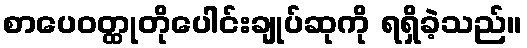
စာပေဝတ္ထုတိုပေါင်းချုပ်ဆုကို ရရှိခဲ့သည်။